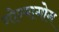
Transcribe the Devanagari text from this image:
गोग्मागोग